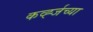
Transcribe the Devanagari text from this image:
कर्व्ह्जच्या